Vaccination United Provinces of Agra and Oudh 1902-1913 - 1902-1913
Year: 1902
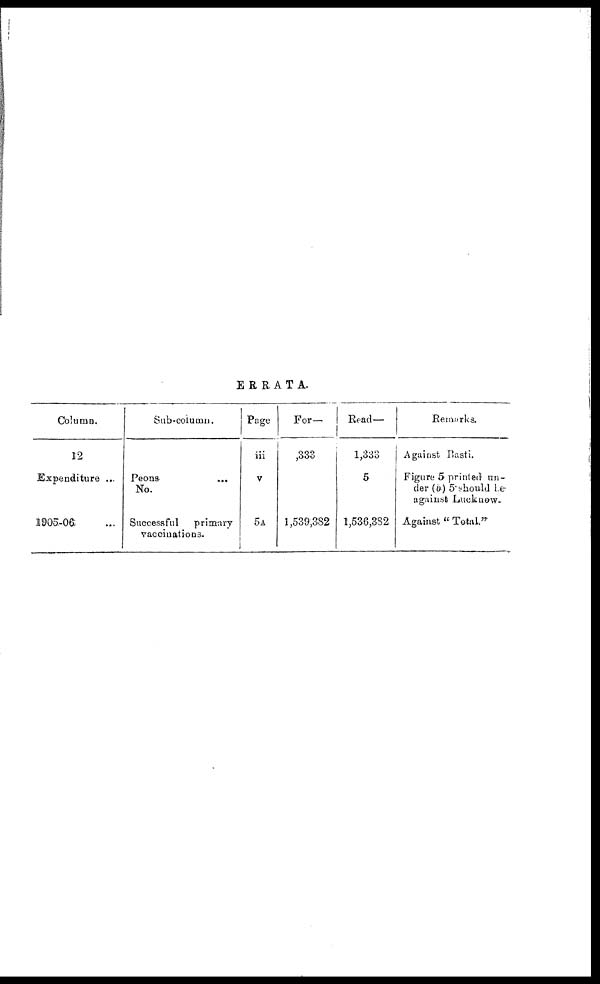
ERRATA.
Column.
12
Expenditure ...
1905-06
Sub-column.
Peons
No. ...
Successful
primary
vaccinations.
Page
iii
V
5A
For—
1,333
1,539,382
Read—
1,333
5
1,536,382
Remarks.
Against Basti.
Figure 5 printed un-
der (b) 5 should be
against Lucknow.
Against " Total."